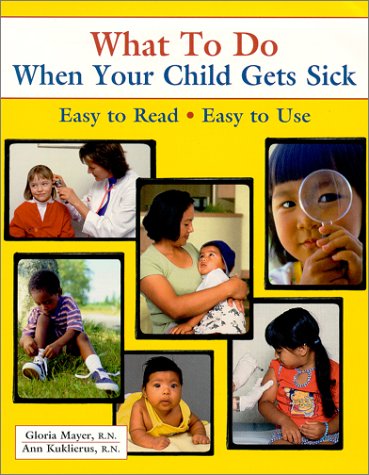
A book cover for What To Do When Your Child Gets Sick (What to Do); Gloria G. Mayer; Parenting & Relationships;